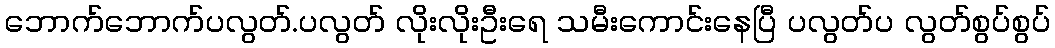
ဘောက်ဘောက်ပလွတ်.ပလွတ် လိုးလိုးဦးရေ သမီးကောင်းနေပြီ ပလွတ်ပ လွတ်စွပ်စွပ်